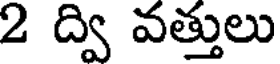
2 ద్వి వత్తులు